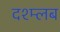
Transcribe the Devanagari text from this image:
दश्म्लब